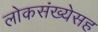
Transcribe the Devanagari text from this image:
लोकसंख्येसह